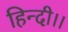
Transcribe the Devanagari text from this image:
हिन्दी।।